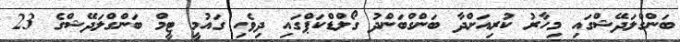
ބަންގްލަދޭޝްގައި މިހާރު ކުރިއަށްދާ ބަންގްބަންދު ގޯލްޑްކަޕްގައި ދިވެހި ގައުމީ ޓީމް ބަންގްލަދޭޝްގެ 23